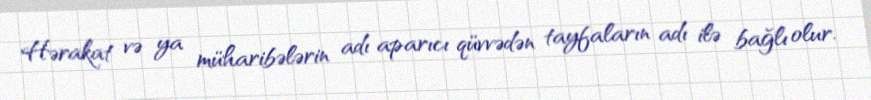
Hərakat və ya müharibələrin adı aparıcı qüvvədən tayfaların adı ilə bağlı olur.